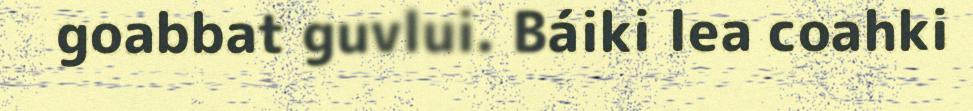
goabbat guvlui. Báiki lea coahki